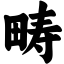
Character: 畴